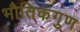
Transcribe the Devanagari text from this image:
भौतिकगुण